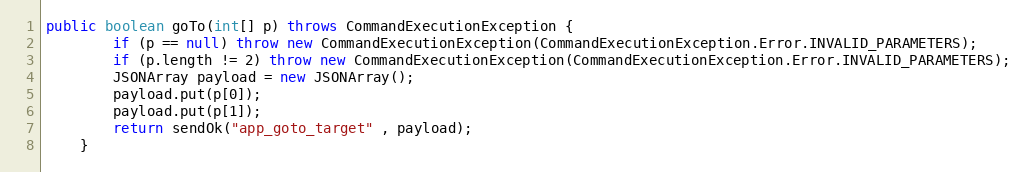
Language: Java
public boolean goTo(int[] p) throws CommandExecutionException {
        if (p == null) throw new CommandExecutionException(CommandExecutionException.Error.INVALID_PARAMETERS);
        if (p.length != 2) throw new CommandExecutionException(CommandExecutionException.Error.INVALID_PARAMETERS);
        JSONArray payload = new JSONArray();
        payload.put(p[0]);
        payload.put(p[1]);
        return sendOk("app_goto_target" , payload);
    }